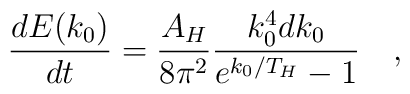
{\frac{dE(k_0)}{dt}} = {\frac{A_H}{8\pi^2}}{\frac{k_0^4dk_0}{e^{k_0/T_H}-1}} \quad ,